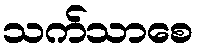
သက်သာစေ